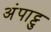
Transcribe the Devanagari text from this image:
अंपाट्टु